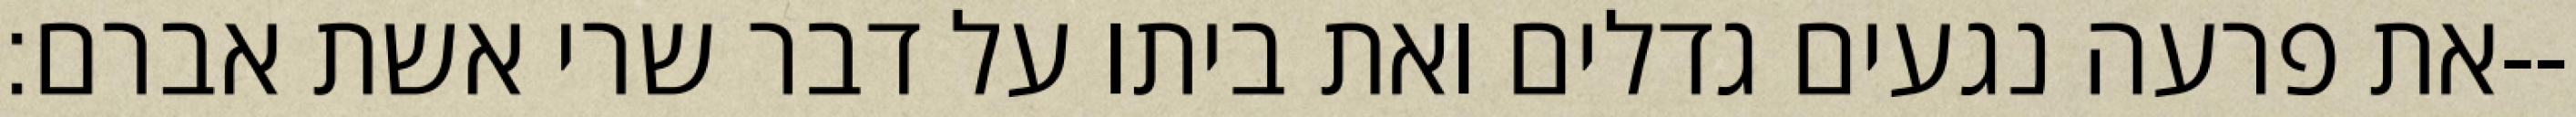
את פרעה נגעים גדלים ואת ביתו על דבר שרי אשת אברם׃--